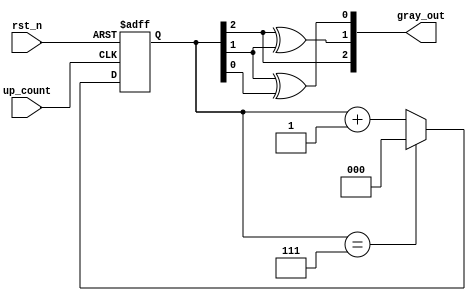
module gray_code_async_counter (
    input wire up_count,      // Asynchronous count signal
    input wire rst_n,        // Asynchronous reset (active low)
    output reg [2:0] gray_out // 3-bit Gray code output
);

// Internal binary representation (3 bits)
reg [2:0] binary_count;

// Gray code conversion
always @(*) begin
    gray_out[2] = binary_count[2];          // G2 = B2
    gray_out[1] = binary_count[2] ^ binary_count[1]; // G1 = B2  B1
    gray_out[0] = binary_count[1] ^ binary_count[0]; // G0 = B1  B0
end

// Asynchronous reset and counting logic
always @(posedge up_count or negedge rst_n) begin
    if (!rst_n) begin
        binary_count <= 3'b000;  // Reset to 0 in binary
    end else begin
        binary_count <= binary_count + 1; // Increment binary count
        if (binary_count == 3'b111) // Wrap around when maximum is reached
            binary_count <= 3'b000;  // Reset to 0 when counting overflows
    end
end

endmodule